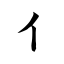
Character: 亻